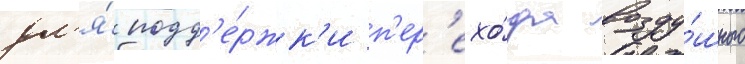
дл'я́ подд'е́ржк'и п'ер'ехо́да возду́шного